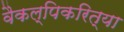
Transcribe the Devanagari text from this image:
वैकल्पिकरित्या